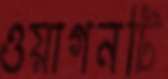
ওয়াগনটি